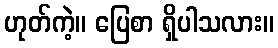
ဟုတ်ကဲ့။ ပြေစာ ရှိပါသလား။